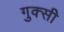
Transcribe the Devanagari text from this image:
गुक्सी